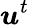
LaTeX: {\boldsymbol{u}}^{t}